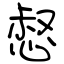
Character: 惄